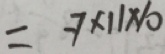
= - 7 \times 1 1 \times 1 0